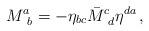
LaTeX: \begin{align*}M^a_{\,\,\,b} = - \eta_{bc}\bar{M}^c_{\,\,\,d}\eta^{da}\,, \end{align*}